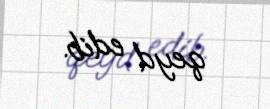
qeyd edib.